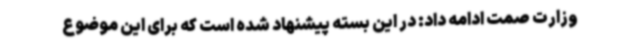
وزارت صمت ادامه داد: در این بسته پیشنهاد شده است که برای این موضوع